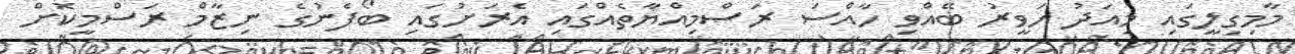
މާމިގިލީގައި މިއަދު ހަވީރު ބޭއްވި ހާއްސަ ރަސްމިއްޔާތެއްގައި އެރަށުގައި ބޯފެނުގެ ނިޒާމް ރަސްމީކޮށް